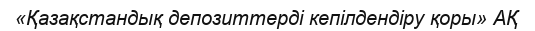
«Қазақстандық депозиттерді кепілдендіру қоры» АҚ